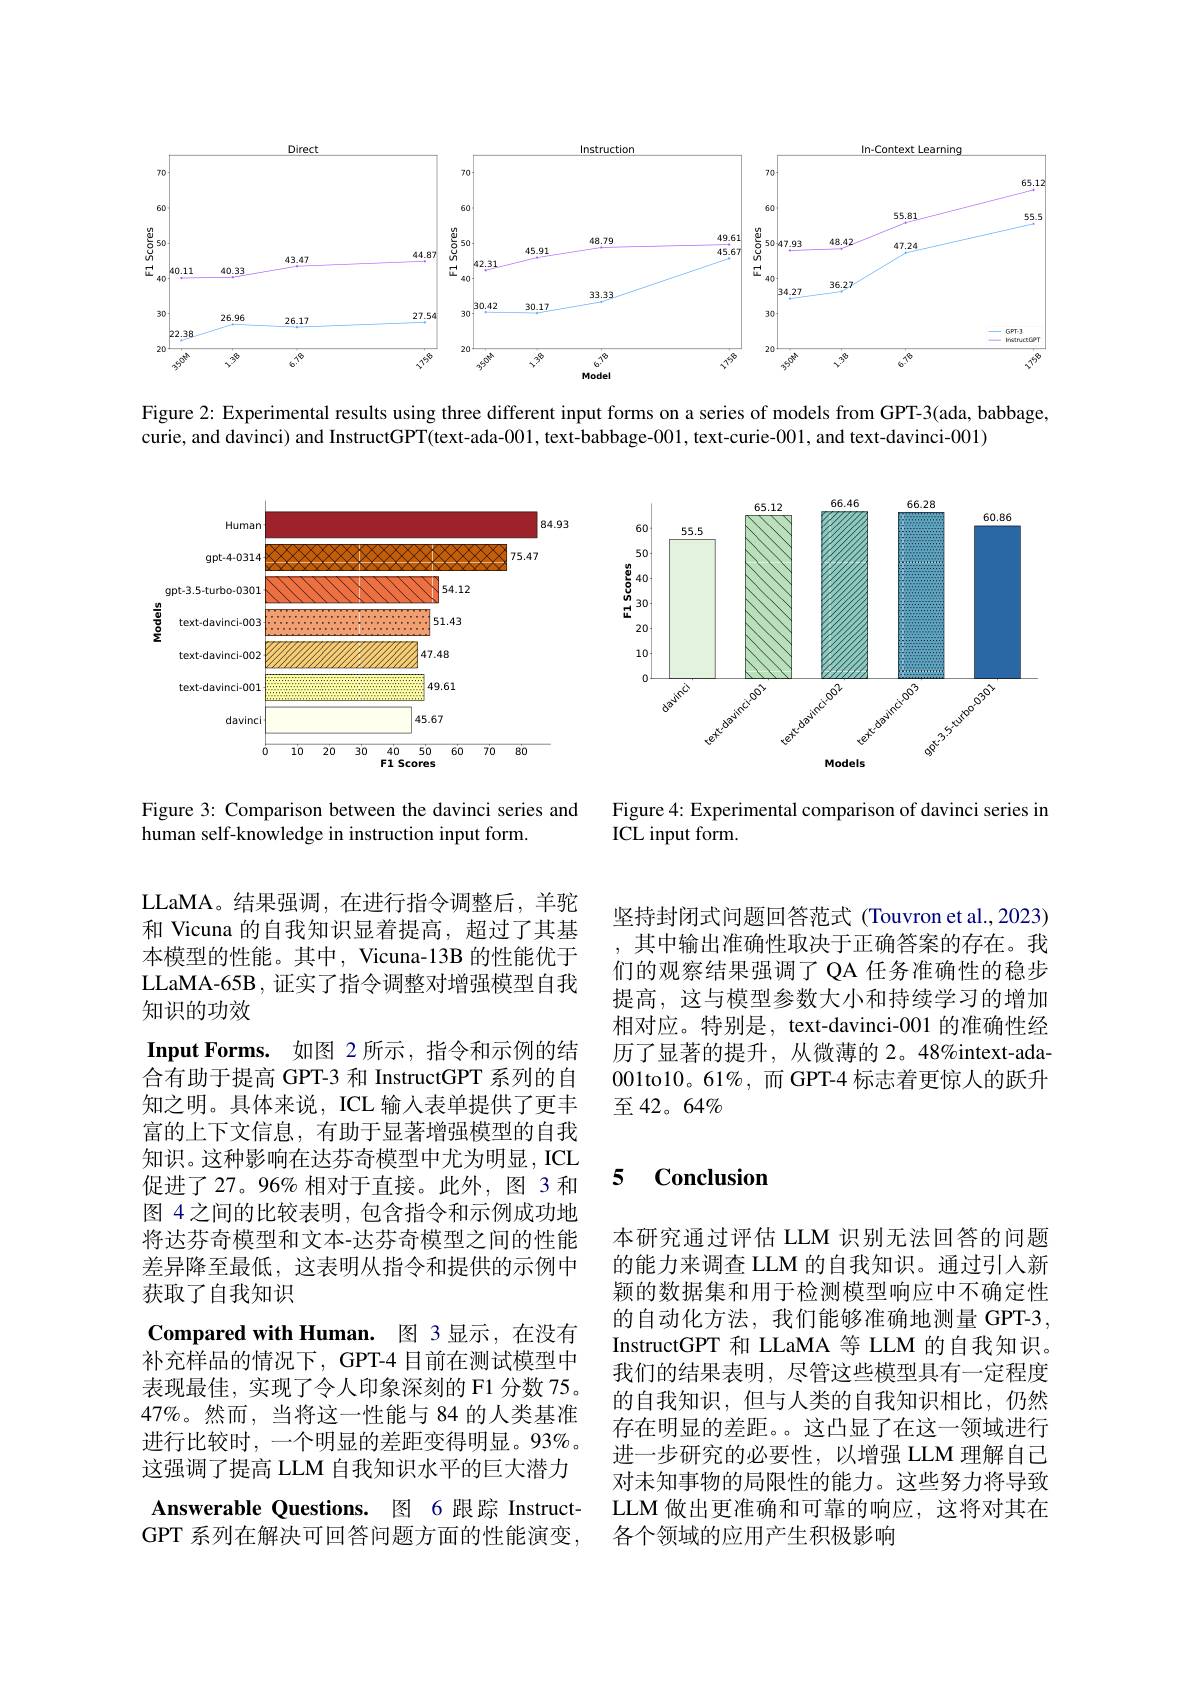
<FigureHere>

Figure 2: Experimental results using three different input forms on a series of models from GPT-3(ada, babbage,
curie, and davinci) and InstructGPT(text-ada-001, text-babbage-001, text-curie-001, and text-davinci-001)

<FigureHere>

Figure 3: Comparison between the davinci series and
Figure 4: Experimental comparison of davinci series in
human self-knowledge in instruction input form.
ICL input form

坚持封闭式问题回答范式(Touvron et al., 2023) 其中输出准确性取决于正确答案的存在。我们的观察结果强调了 QA 任务准确性的稳步提高，这与模型参数大小和持续学习的增加相对应。特别是，text-davinci-001 的准确性经历了显著的提升，从微薄的 2。48%intext-ada- 001to10。61%,而 GPT-4 标志着更惊人的跃升至42。64%

# 促进了27。96% 相对于直接。此外，图 3 和 5 Conclusion

LLaMA。结果强调，在进行指令调整后，羊驼和 Vicuna 的自我知识显着提高，超过了其基本模型的性能。其中，Vicuna-13B 的性能优于LLaMA-65B, 证实了指令调整对增强模型自我知识的功效
Input Forms. 如图 2 所示，指令和示例的结合有助于提高 GPT-3 和 InstructGPT 系列的自知之明。具体来说，ICL 输入表单提供了更丰富的上下文信息，有助于显著增强模型的自我知识。这种影响在达芬奇模型中尤为明显，ICL 图 4之间的比较表明，包含指令和示例成功地将达芬奇模型和文本-达芬奇模型之间的性能差异降至最低，这表明从指令和提供的示例中获取了自我知识
Compared with Human. 图 3 显示，在没有补充样品的情况下，GPT-4 目前在测试模型中表现最佳，实现了令人印象深刻的 F1 分数 75。$47\%$。然而，当将这一性能与 84 的人类基准进行比较时，一个明显的差距变得明显。93%。这强调了提高 LLM 自我知识水平的巨大潜力Answerable Questions. 图 6 跟踪 InstructGPT 系列在解决可回答问题方面的性能演变，

本研究通过评估 LLM 识别无法回答的问题的能力来调查 LLM 的自我知识。通过引人新颖的数据集和用于检测模型响应中不确定性的自动化方法，我们能够准确地测量 GPT-3, InstructGPT 和 LLaMA 等 LLM 的自我知识。我们的结果表明，尽管这些模型具有一定程度的自我知识，但与人类的自我知识相比，仍然存在明显的差距。。这凸显了在这一领域进行进一步研究的必要性，以增强 LLM 理解自己对未知事物的局限性的能力。这些努力将导致LLM 做出更准确和可靠的响应，这将对其在各个领域的应用产生积极影响